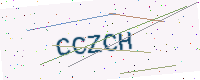
Text: CCZCH